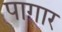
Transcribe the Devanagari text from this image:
पागार